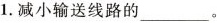
1.减小输送线路的___。